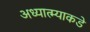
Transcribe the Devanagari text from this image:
अध्यात्म्याकडे